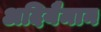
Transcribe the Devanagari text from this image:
अदियैमान